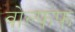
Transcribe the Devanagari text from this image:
वोल्फफ